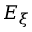
E _ { \xi }